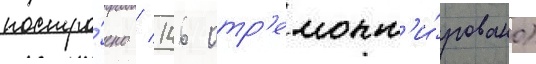
постро́ено / 146 отр'емонт'и́ровано)